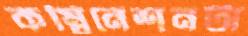
কম্বিনেশনটা